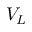
V _ { L }